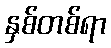
နှစ်တစ်ရာ